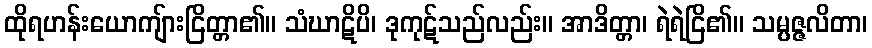
ထိုရဟန်းယောကျ်ားငြိတ္တာ၏။ သံဃာဋိပိ၊ ဒုကုဋ်သည်လည်း။ အာဒိတ္တာ၊ ရဲရဲငြိ၏။ သမ္ပဇ္ဇလိတာ၊